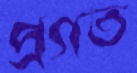
প্রগত